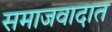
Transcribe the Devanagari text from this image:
समाजवादात